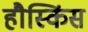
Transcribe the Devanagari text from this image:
हौस्किंस